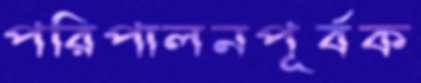
পরিপালনপূর্বক